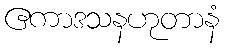
ဧကာဒသနဟုတာနံ